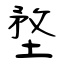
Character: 堥